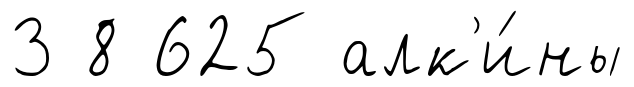
3 8 625 алк'и́ны